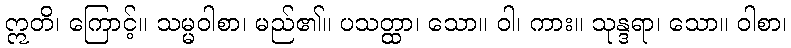
ဣတိ၊ ကြောင့်။ သမ္မဝါစာ၊ မည်၏။ ပသတ္ထာ၊ သော။ ဝါ၊ ကား။ သုန္ဒရာ၊ သော။ ဝါစာ၊